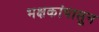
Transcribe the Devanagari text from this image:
भक्षकांपासून